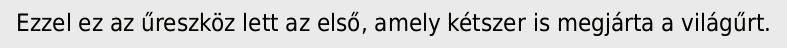
Ezzel ez az űreszköz lett az első, amely kétszer is megjárta a világűrt.